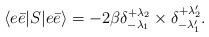
LaTeX: \begin{align*}\langle e\bar{e}|S|e\bar{e}\rangle = -2\beta\delta^{+\lambda_2}_{-\lambda_1}\times\delta^{+\lambda_2'}_{-\lambda_1'}.\end{align*}